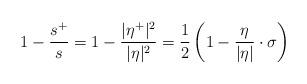
LaTeX: \begin{align*} 1-\frac{s^+}{s} = 1-\frac{|\eta^+|^2}{|\eta|^2} = \frac{1}{2}\left(1-\frac{\eta}{|\eta|}\cdot\sigma\right) \end{align*}